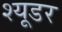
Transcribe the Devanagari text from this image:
श्यूडर